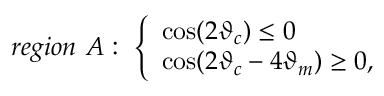
r e g i o n ~ { \cal A } : ~ \left\{ \begin{array} { l } { { \cos ( 2 \vartheta _ { c } ) \le 0 } } \\ { { \cos ( 2 \vartheta _ { c } - 4 \vartheta _ { m } ) \ge 0 , } } \end{array} \right.